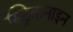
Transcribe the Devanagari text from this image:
स्ट्रिकनाइन